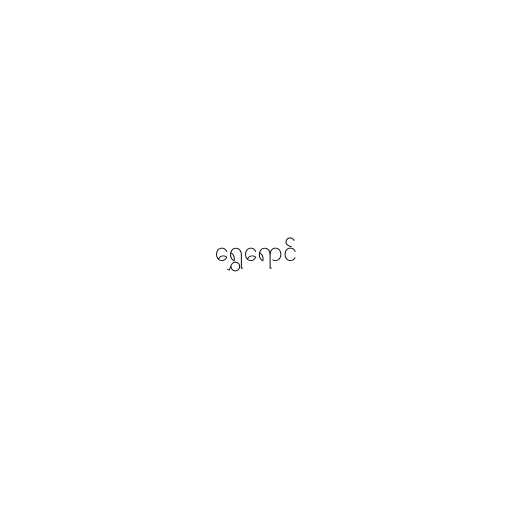
ရွှေရောင်